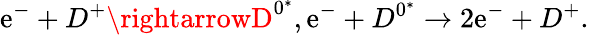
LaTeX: \mathrm{e}^{-}+D^{+}\rightarrowD^{0^{*}},\mathrm{e}^{-}+D^{0^{*}}\rightarrow2\mathrm{e}^{-}+D^{+}.